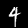
Label: 4